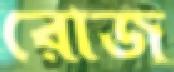
রোজ